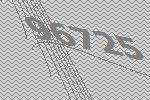
96725